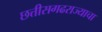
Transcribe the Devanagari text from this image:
छत्तीसगढराज्याचा